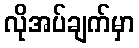
လိုအပ်ချက်မှာ